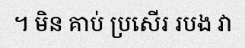
។ មិន គាប់ ប្រសើរ របង វា